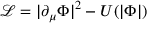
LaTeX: { \mathcal { L } } = | \partial _ { \mu } \Phi | ^ { 2 } - U ( | \Phi | )